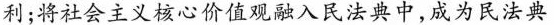
利;将社会主义核心价值观融入民法典中,成为民法典